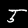
Label: 5